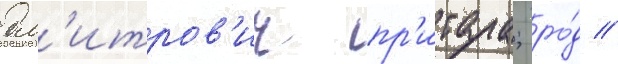
дм'итров'ич пр'итула; ро́д //